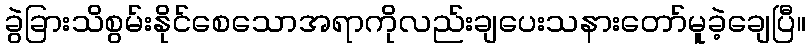
ခွဲခြားသိစွမ်းနိုင်စေသောအရာကိုလည်းချပေးသနားတော်မူခဲ့ချေပြီ။